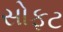
સોફટ